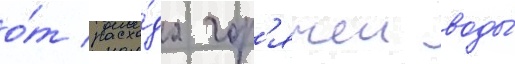
о́т расхо́да гор'ячеи воды́